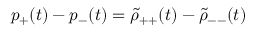
p _ { + } ( t ) - p _ { - } ( t ) = \tilde { \rho } _ { + + } ( t ) - \tilde { \rho } _ { -- } ( t )